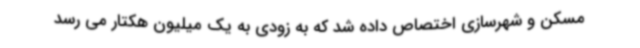
مسکن و شهرسازی اختصاص داده شد که به زودی به یک میلیون هکتار می رسد